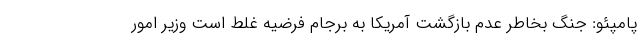
پامپئو: جنگ بخاطر عدم بازگشت آمریکا به برجام فرضیه غلط است وزیر امور